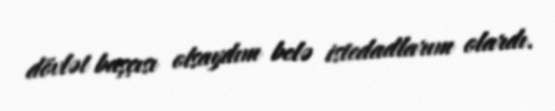
dövlət başçısı olsaydım belə istedadlarım olardı.